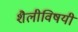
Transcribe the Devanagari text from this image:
शैलीविषयी